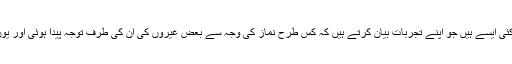
جیسا کہ مَیں نے کہا کہ کئی ایسے ہیں جو اپنے تجربات بیان کرتے ہیں کہ کس طرح نماز کی وجہ سے بعض غیروں کی اُن کی طرف توجہ پیدا ہوئی اور یوں تبلیغ کے راستے کھلے۔